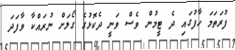
ފުރަތަމަ ހާފުގައި ދެ ޓީމުން ވެސް ވަނީ ދެކޮޅުގެ ގޯލަށް ނުރައްކާ ވާފަދަ